Source: Handwritten
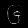
Digit: ၆ (6)